Vabadussoja_Ajaloo_Komitee, lk 11
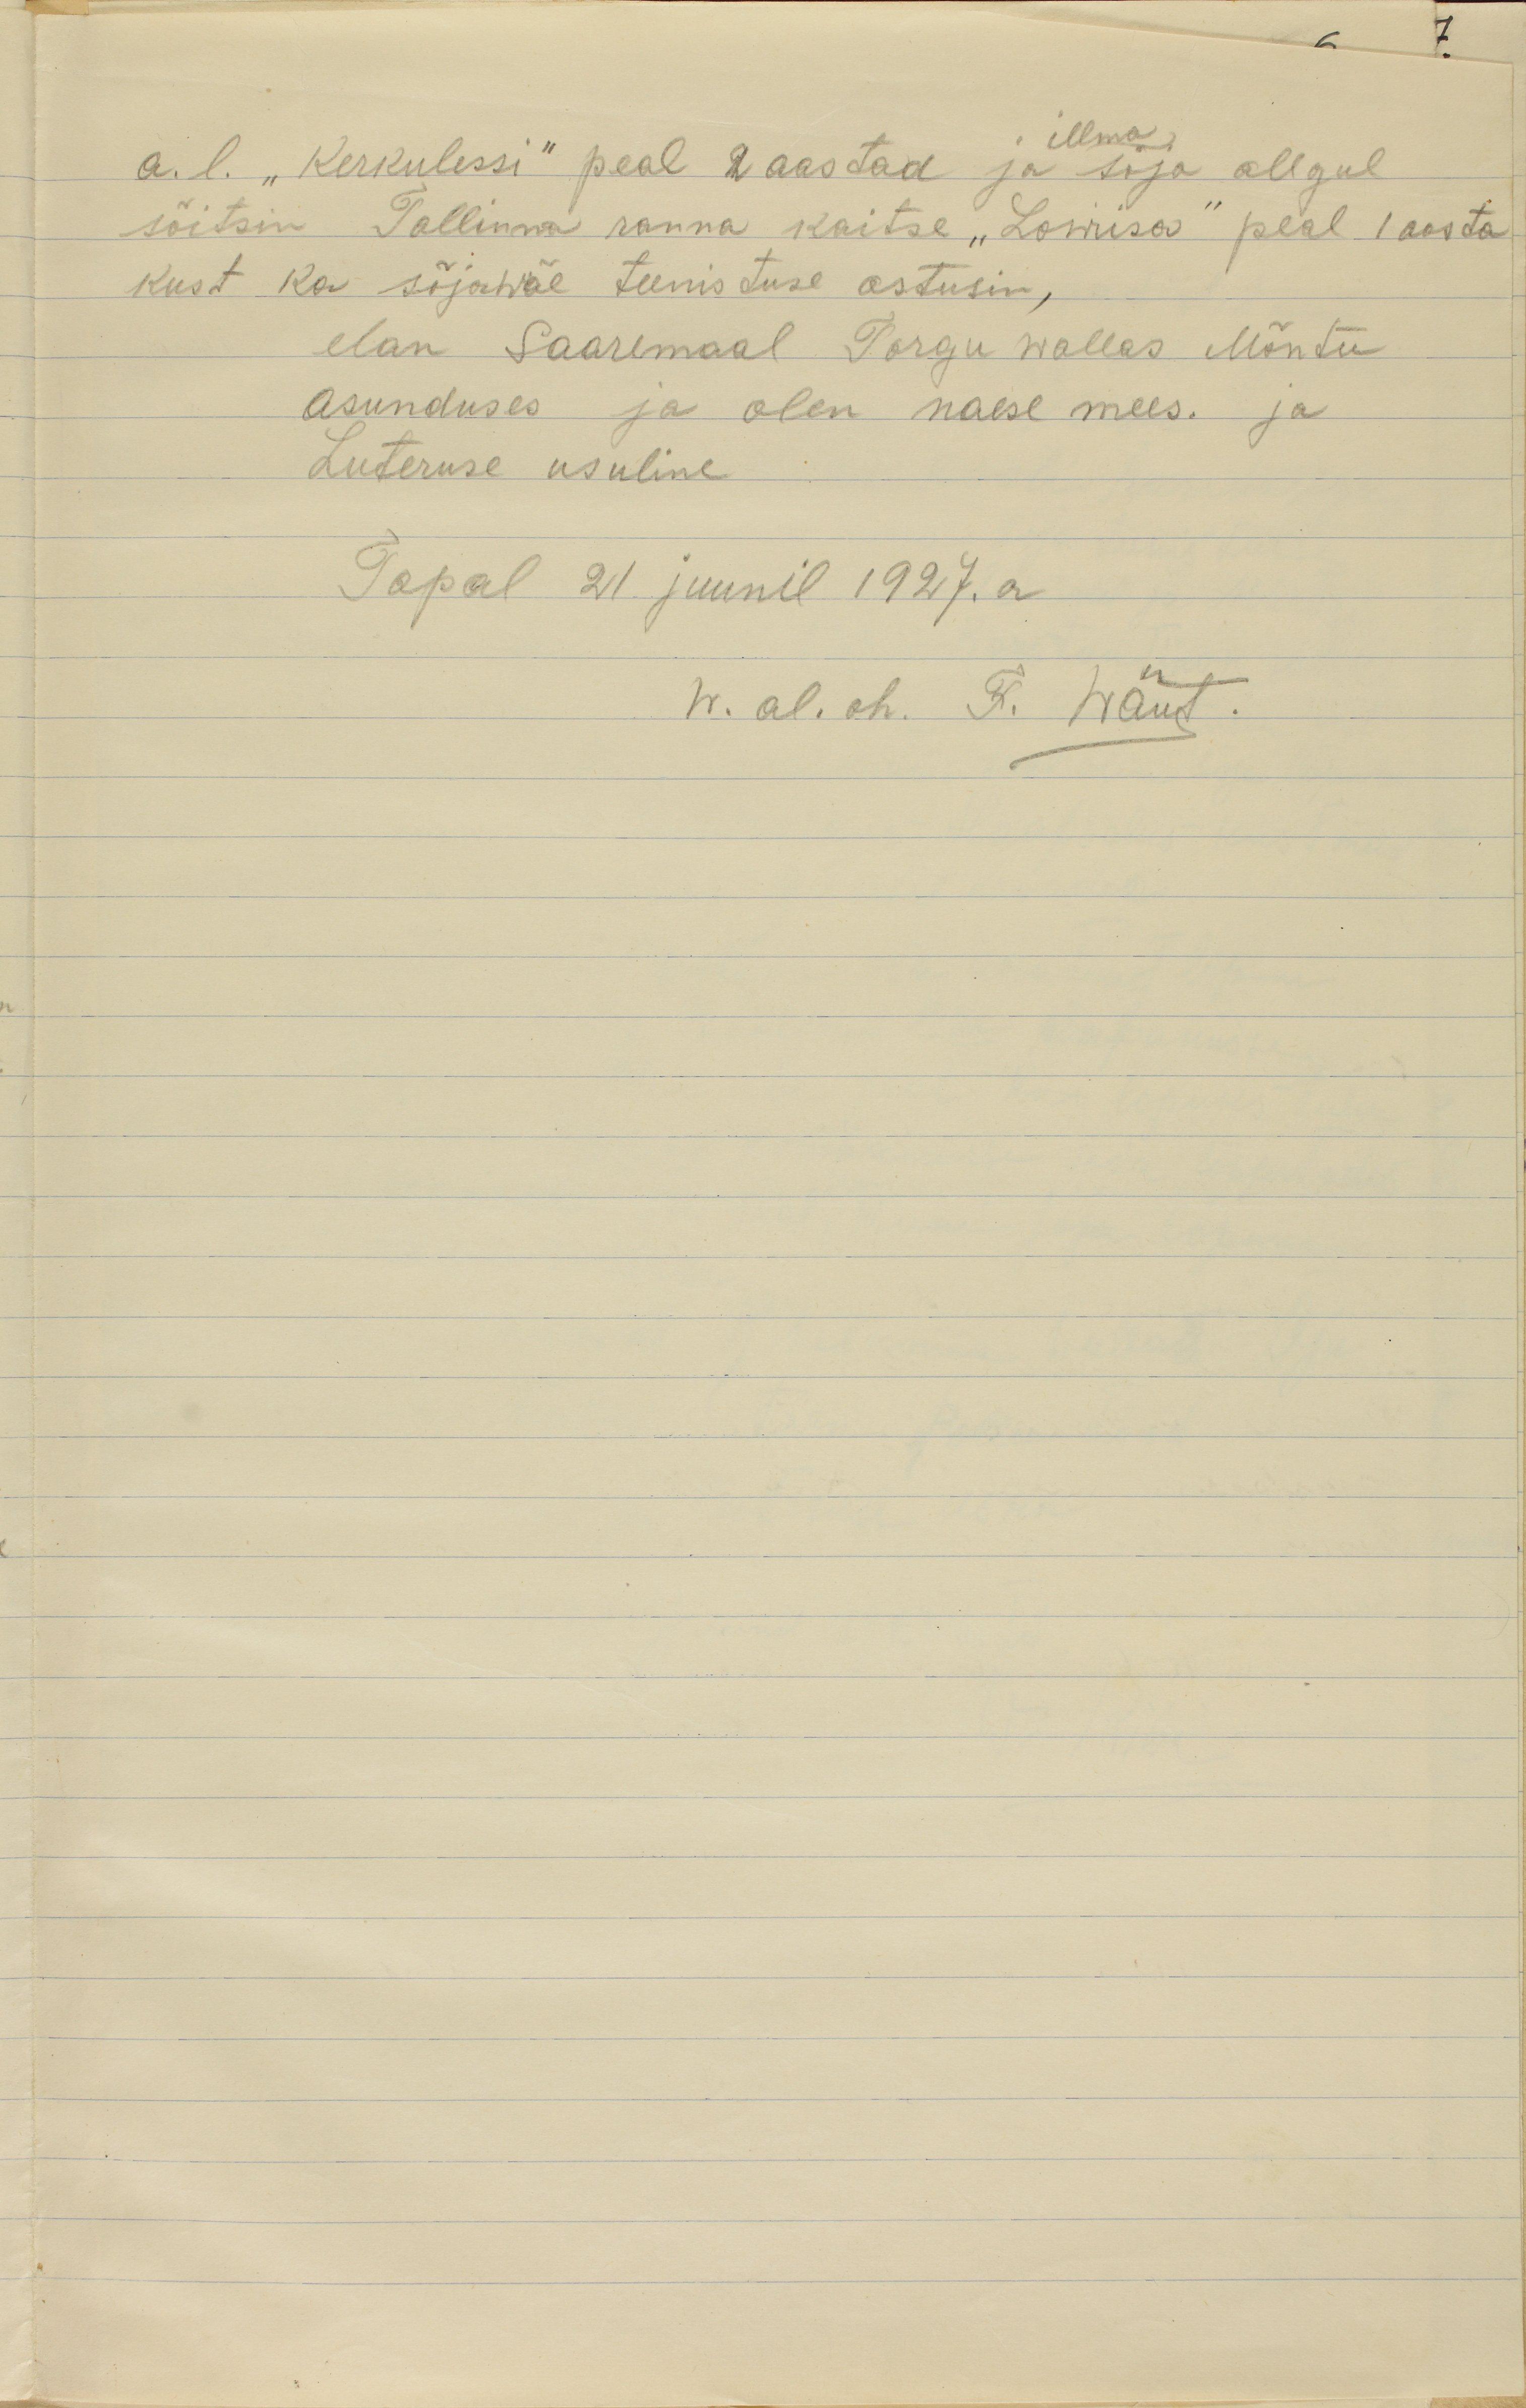
illma
a. l. "Kerkulessi" peal 2 aastad ja sõja allgul
sõitsin Tallinna ranna kaitse "Lowiisa" peal 1 aasta
kust ka sõjawäe teenistuse astusin,
elan Saaremaal Torgu wallas Mõndu
asunduses ja olen naese mees. ja
Luteruse usuline
Tapal 21 juunil 1927. a
w. al. oh. F. Wänt.